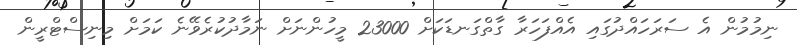
ނިމުމުން އެ ސަރަހައްދުގައި އެއްފަހަރާ ގާތްގަނޑަކަށް 23000 މީހުންނަށް ނަމާދުކުރެވޭނެ ކަމަށް މިނިސްޓްރީން